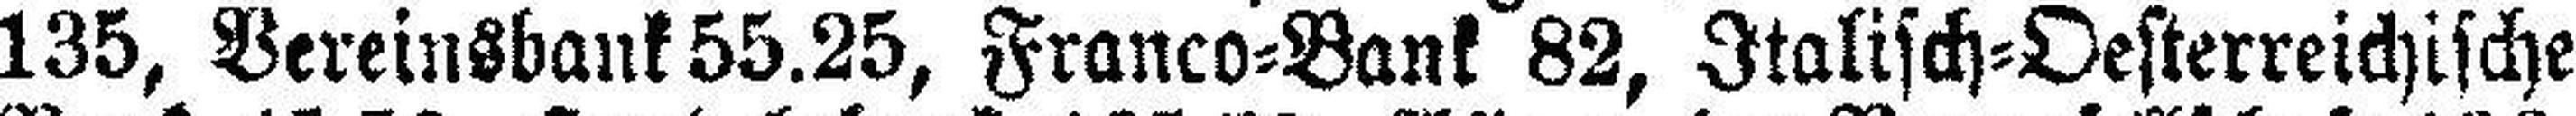
135, Vereinsbank 55.25, Franco=Bank 82, Italisch=Oesterreichische